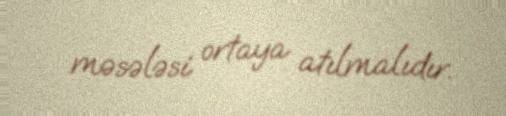
məsələsi ortaya atılmalıdır.